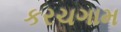
કરચગામ